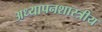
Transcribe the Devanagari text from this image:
अध्यापनशास्त्रीय